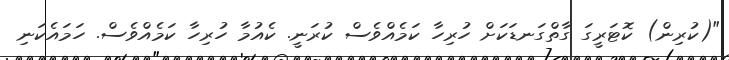
"(ކުރިން) ކޮޓަރީގަ ގާތްގަނޑަކަށް ހުރިހާ ކަމެއްވެސް ކުރަނީ. ކެއުމާ ހުރިހާ ކަމެއްވެސް. ހަމައެކަނި